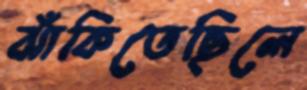
ঝাঁকিতেছিলে